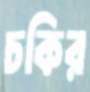
চকির